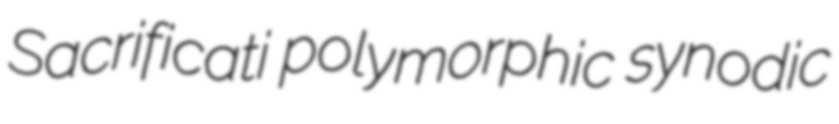
Sacrificati polymorphic synodic